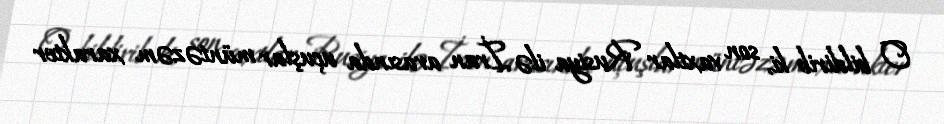
O bildirib ki, son vaxtlar Rusiya ilə İran arasında uçuşlar müntəzəm xarakter